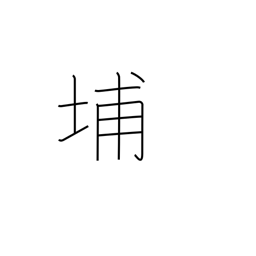
Meaning: used in Chinese place names